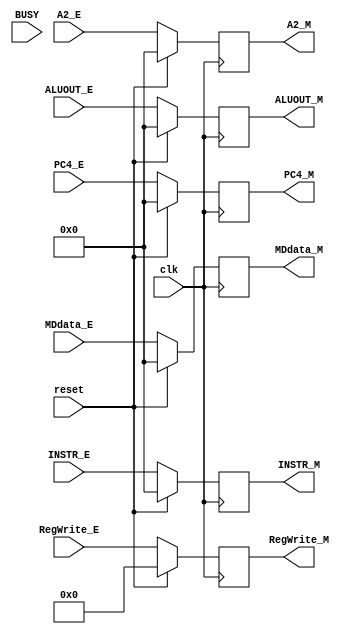
`timescale 1ns / 1ps
//////////////////////////////////////////////////////////////////////////////////
// Company: 
// Engineer: 
// 
// Design Name: 
// Module Name:    M_Aregister 
// Project Name: 
// Target Devices: 
// Tool versions: 
// Description: 
//
// Dependencies: 
//
// Revision: 
// Revision 0.01 - File Created
// Additional Comments: 
//
//////////////////////////////////////////////////////////////////////////////////
module M_Aregister(
	 input clk,
	 input reset,
	 input BUSY,
    input [31:0] INSTR_E,
    input [4:0] RegWrite_E,
    input [31:0] A2_E,
    input [31:0] ALUOUT_E,
    input [31:0] PC4_E,
	 input [31:0] MDdata_E,
    output [31:0] INSTR_M,
    output [4:0] RegWrite_M,
    output [31:0] A2_M,
    output [31:0] ALUOUT_M,
    output [31:0] PC4_M,
	 output [31:0] MDdata_M
	 //output [31:0] m_inst_addr,
	 //output [31:0] m_data_addr
    );

reg [31:0] INSTR;
reg [4:0] RegWrite;
reg [31:0] A2;
reg [31:0] ALUOUT;
reg [31:0] PC4;
reg [31:0] MDdata;
wire flush;
//assign flush = BUSY | reset;

always @(posedge clk)begin
	if(reset)begin
		INSTR <= 0;
		RegWrite <= 0;
		A2 <= 0;
		ALUOUT <= 0;
		PC4 <= 0;
		MDdata <= 0;
	end
	else begin
			INSTR <= INSTR_E;
			RegWrite <= RegWrite_E;
			A2 <= A2_E;
			ALUOUT <= ALUOUT_E;
			PC4 <= PC4_E;
			MDdata <= MDdata_E;
	end
end

assign INSTR_M = INSTR;
assign RegWrite_M = RegWrite;
assign A2_M = A2;
assign ALUOUT_M = ALUOUT;
assign PC4_M = PC4;
assign MDdata_M = MDdata;

//assign m_inst_addr = PC4_M - 4;
//assign m_data_addr = ALUOUT_M;

endmodule